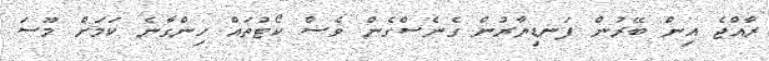
ރާއްޖެ އިން ބޭރުން ފަނޑިޔާރުން ގެނެސްގެން ވެސް ކޯޓުތައް ހިންގާނެ ކަމަށް މޫސަ